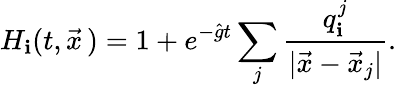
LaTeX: H_{\mathbf{i}}(t,\vec{{x}}\, )=1+e^{-\hat{{g}}t}\sum_{j}{\frac{{q_{\mathbf{i}}^{j}}}{{|\vec{{x}}-\vec{{x}}_{j}|}}}.